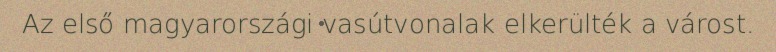
Az első magyarországi vasútvonalak elkerülték a várost.